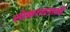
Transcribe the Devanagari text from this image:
लोकरचनाओं